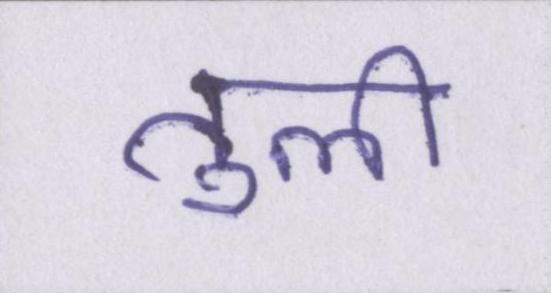
तुली